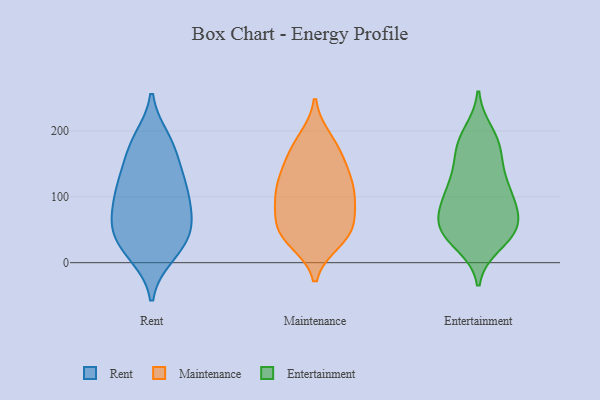
{"axis": {"x": "Inventory Turnover", "y": "Value"}, "legend": ["Entertainment", "Maintenance", "Rent"], "data": [{"x": "", "y": 48, "type": "Rent"}, {"x": "", "y": 81, "type": "Rent"}, {"x": "", "y": 175, "type": "Rent"}, {"x": "", "y": 105, "type": "Rent"}, {"x": "", "y": 70, "type": "Rent"}, {"x": "", "y": 57, "type": "Rent"}, {"x": "", "y": 110, "type": "Rent"}, {"x": "", "y": 101, "type": "Rent"}, {"x": "", "y": 25, "type": "Rent"}, {"x": "", "y": 188, "type": "Rent"}, {"x": "", "y": 151, "type": "Rent"}, {"x": "", "y": 133, "type": "Rent"}, {"x": "", "y": 11, "type": "Rent"}, {"x": "", "y": 184, "type": "Rent"}, {"x": "", "y": 14, "type": "Rent"}, {"x": "", "y": 42, "type": "Rent"}, {"x": "", "y": 123, "type": "Rent"}, {"x": "", "y": 53, "type": "Rent"}, {"x": "", "y": 37, "type": "Maintenance"}, {"x": "", "y": 107, "type": "Maintenance"}, {"x": "", "y": 109, "type": "Maintenance"}, {"x": "", "y": 125, "type": "Maintenance"}, {"x": "", "y": 55, "type": "Maintenance"}, {"x": "", "y": 188, "type": "Maintenance"}, {"x": "", "y": 96, "type": "Maintenance"}, {"x": "", "y": 32, "type": "Maintenance"}, {"x": "", "y": 62, "type": "Maintenance"}, {"x": "", "y": 140, "type": "Maintenance"}, {"x": "", "y": 45, "type": "Maintenance"}, {"x": "", "y": 182, "type": "Maintenance"}, {"x": "", "y": 121, "type": "Maintenance"}, {"x": "", "y": 76, "type": "Maintenance"}, {"x": "", "y": 155, "type": "Maintenance"}, {"x": "", "y": 88, "type": "Maintenance"}, {"x": "", "y": 164, "type": "Maintenance"}, {"x": "", "y": 40, "type": "Maintenance"}, {"x": "", "y": 50, "type": "Entertainment"}, {"x": "", "y": 124, "type": "Entertainment"}, {"x": "", "y": 99, "type": "Entertainment"}, {"x": "", "y": 48, "type": "Entertainment"}, {"x": "", "y": 52, "type": "Entertainment"}, {"x": "", "y": 28, "type": "Entertainment"}, {"x": "", "y": 197, "type": "Entertainment"}, {"x": "", "y": 44, "type": "Entertainment"}, {"x": "", "y": 64, "type": "Entertainment"}, {"x": "", "y": 99, "type": "Entertainment"}, {"x": "", "y": 132, "type": "Entertainment"}, {"x": "", "y": 180, "type": "Entertainment"}, {"x": "", "y": 112, "type": "Entertainment"}, {"x": "", "y": 183, "type": "Entertainment"}, {"x": "", "y": 91, "type": "Entertainment"}, {"x": "", "y": 152, "type": "Entertainment"}, {"x": "", "y": 175, "type": "Entertainment"}, {"x": "", "y": 62, "type": "Entertainment"}, {"x": "", "y": 39, "type": "Entertainment"}, {"x": "", "y": 82, "type": "Entertainment"}]}